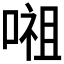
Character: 𭉷